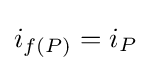
i_{f(P)}=i_{P}